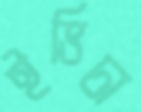
ইভিচা